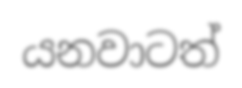
යනවාටත්